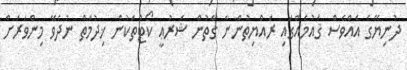
ދުނިޔޭގެ އެއްވެސް ޤައުމެއްގައި ރައްޔިތުންނާ ގާތުން ޝަރުޢީ ކޯޓުތަކުން ޚިދުމަތް ނުދެވޭ މިންވަރަށް